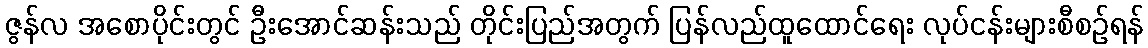
ဇွန်လ အစောပိုင်းတွင် ဦးအောင်ဆန်းသည် တိုင်းပြည်အတွက် ပြန်လည်ထူထောင်ရေး လုပ်ငန်းများစီစဉ်ရန်